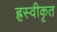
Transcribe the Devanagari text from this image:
ह्रस्वीकृत